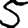
Digit: 5